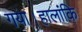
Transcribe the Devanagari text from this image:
गया।हालांकि